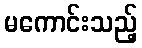
မကောင်းသည့်